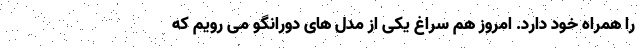
را همراه خود دارد. امروز هم سراغ یکی از مدل های دورانگو می رویم که